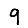
Digit: 9